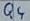
Text: Q4